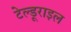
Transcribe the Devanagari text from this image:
टेल्डूराइल